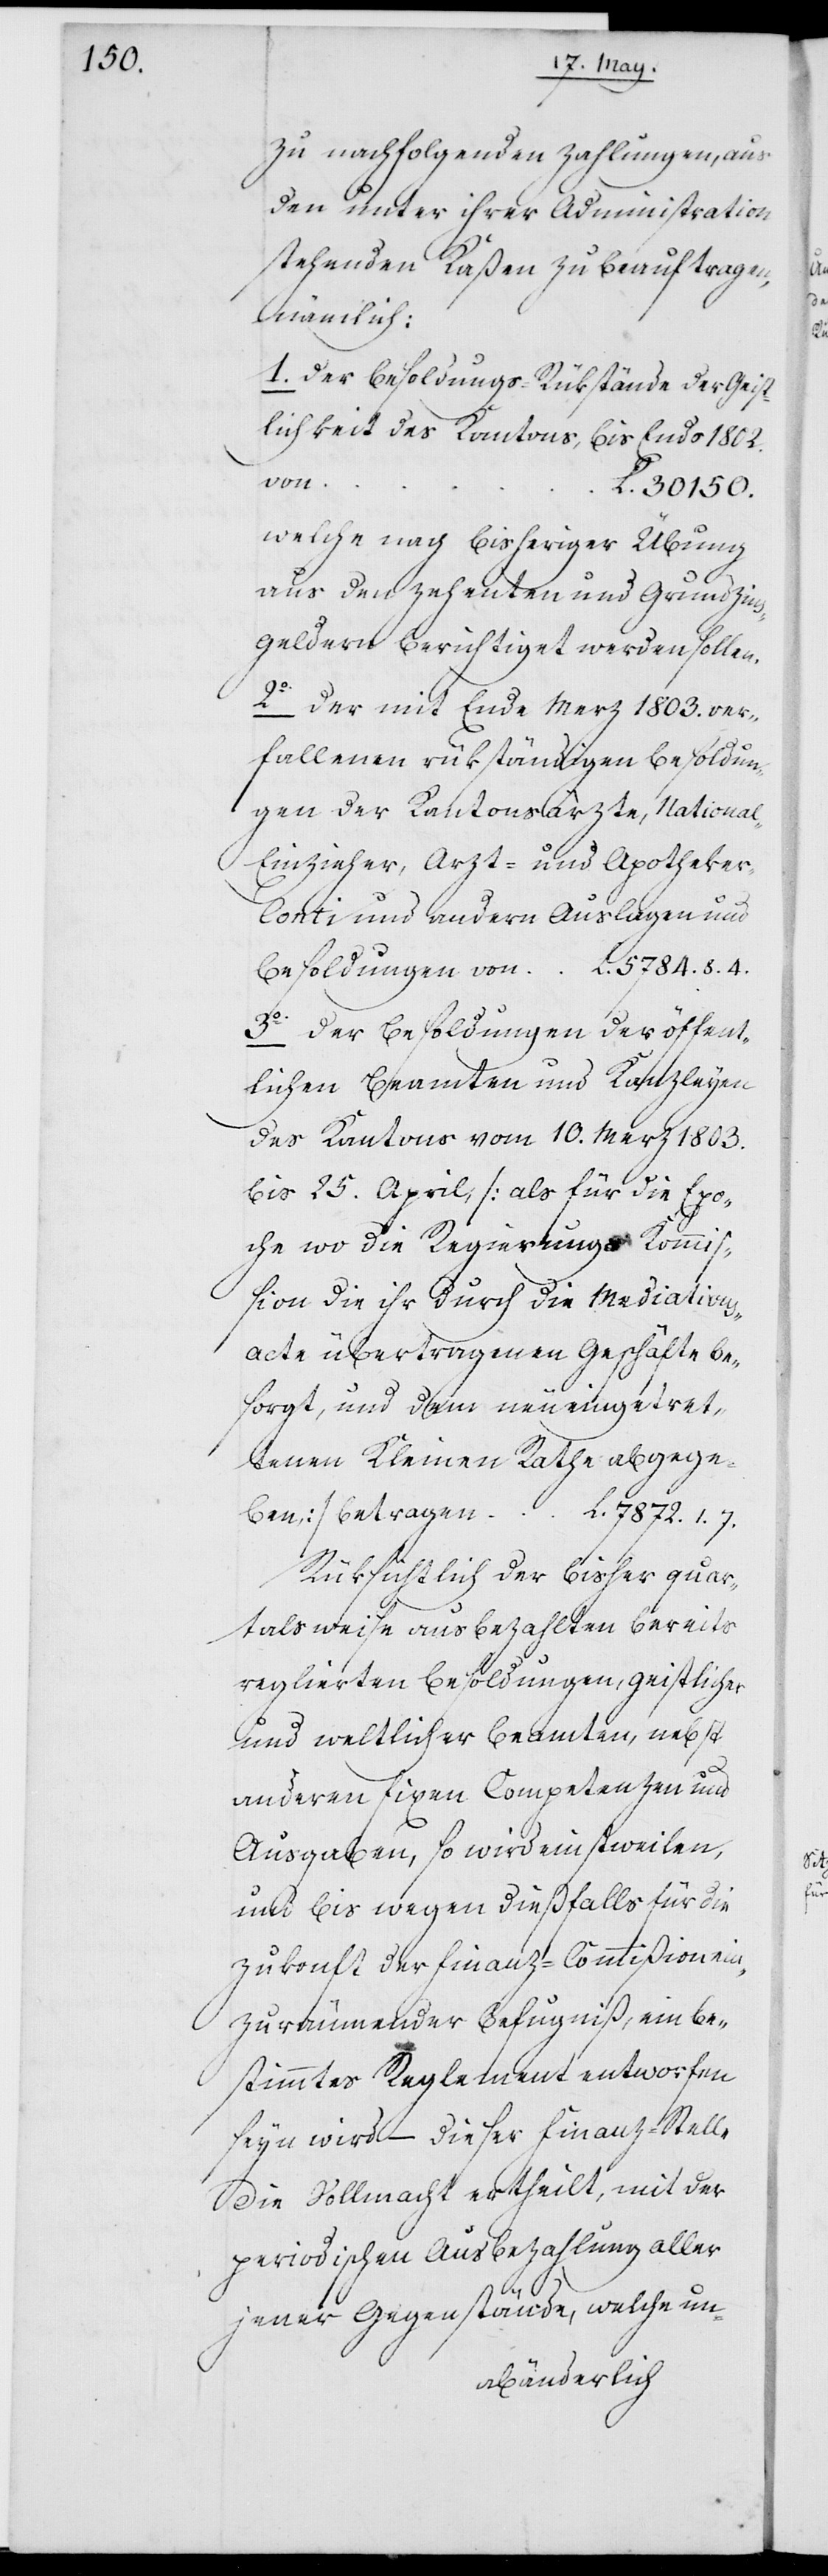
zu nachfolgenden Zahlungen, aus
den unter ihrer Administration
stehenden Kaßen zu beauftragen,
nämlich:
1o Der Besoldungs-Rükstände der Geist¬
lichkeit des Kantons bis Ende 1802.
von	L.
30150.
welche nach bisheriger Übung
aus den Zehenten und Grundzin¬
s-Geldern berichtiget werden sollen.
2o Der mit Ende Merz 1803. ver¬
fallenen rükständigen Besoldun¬
gen der Kantonsärzte, National-E¬
inzieher, Arzt- und Apotheke¬
r-Conti und andern Auslagen und
Besoldungen von 	L. 5781.8.4.
3o Der Besoldungen der öffent¬
lichen Beamten und Kanzleien
des Kantons vom 10. Merz 1803.
bis 25. April, (als für die Epo¬
che wo die Regierungs-Kommiß¬
ion die ihr durch die Mediation¬
s-Acte übertragenen Geschäfte be¬
sorgt, und dem neu eingetret¬
tenen Kleinen Rate abgege¬
ben) betrage¬
n	L. 7872.1.7.
Rüksichtlich der bisher quar¬
talsweise ausbezahlten bereits
reglierten Besoldungen geistlicher
und weltlicher Beamten, nebst
anderen fixen Competenzen und
Ausgaben, so wird einstweilen,
und bis wegen dießfalls für die
Zukonft der Finanz-Commißion ein¬
zuräumender Befugniß, ein be¬
stimmtes Reglement entworfen
seyn wird – dieser Finanz-Stelle
die Vollmacht ertheilt, mit der
periodischen Ausbezahlung aller
jener Gegenstände, welche un-